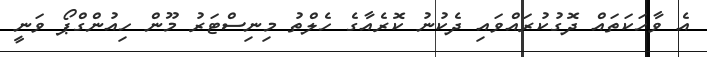
އެ ވާހަކަތައް ދޮގުކުރައްވައި ދެކުނު ކޮރެއާގެ ހެލްތު މިނިސްޓަރު މޫން ހިއުންގްޕޯ ވަނީ